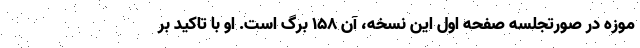
موزه در صورتجلسه صفحه اول این نسخه، آن ۱۵۸ برگ است. او با تاکید بر